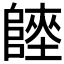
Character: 𨻏